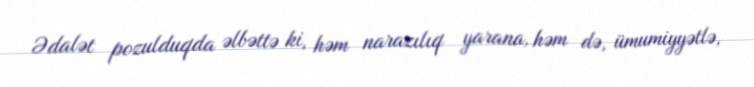
Ədalət pozulduqda əlbəttə ki, həm narazılıq yarana, həm də, ümumiyyətlə,